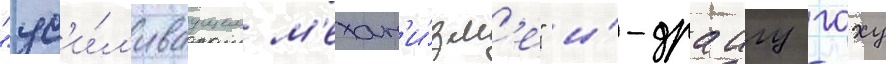
"ус'и́л'иваущем м'ехан'и́зм'е" и́-драигу гоху